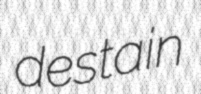
destain